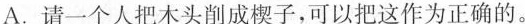
A.请一个人把木头削成楔子，可以把这作为正确的。